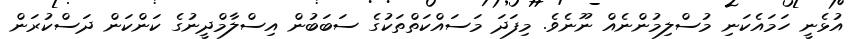
އުޅެނީ ހަމައެކަނި މުސްލިމުންނެއް ނޫނެވެ. މިފަދަ މަސައްކަތްތަކުގެ ސަބަބުން އިސްލާމްދީނުގެ ކަންކަން ދަސްކުރަން